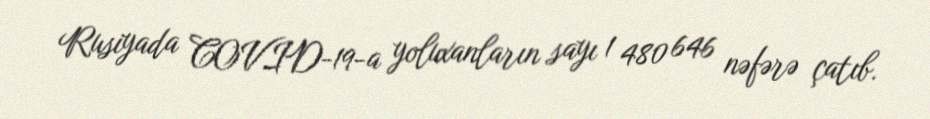
Rusiyada COVID-19-a yoluxanların sayı 1 480 646 nəfərə çatıb.